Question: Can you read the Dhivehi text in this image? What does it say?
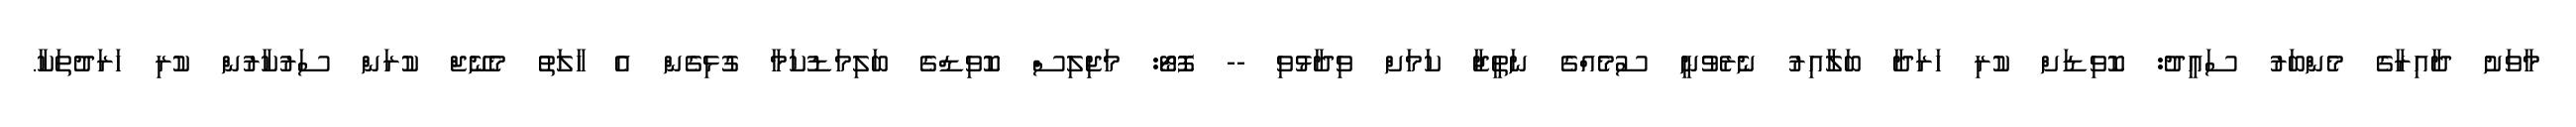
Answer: މާވަށު ދާއިރާގެ މެންބަރު ސައީދު: ކޮވިޑަށް ކުރި ހަރަދާ ބަލާއިރު ނެރެވުނީ ސުމެއްގެ ނަތީޖާ ކަމަށް ވިދާޅުވި -- ފޮޓޯ: މަޖިލިސް ކޮވިޑްގެ ބަލިމަޑުކަމާ ގުޅިގެން އެ ހާލަތު މެނޭޖް ކުރަން ސަރުކާރުން ކުރި ހަރަދުތަކާ.